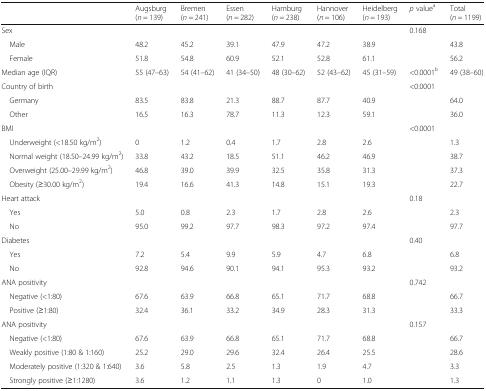
<table><thead><tr><td></td><td><b>Augsburg (<i>n</i> = 139)</b></td><td><b>Bremen (<i>n</i> = 241)</b></td><td><b>Essen (<i>n</i> = 282)</b></td><td><b>Hamburg (<i>n</i> = 238)</b></td><td><b>Hannover (<i>n</i> = 106)</b></td><td><b>Heidelberg (<i>n</i> = 193)</b></td><td><b><i>p</i> value<sup>a</sup></b></td><td><b>Total (<i>n</i> = 1199)</b></td></tr></thead><tbody><tr><td>Sex</td><td></td><td></td><td></td><td></td><td></td><td></td><td>0.168</td><td></td></tr><tr><td> Male</td><td>48.2</td><td>45.2</td><td>39.1</td><td>47.9</td><td>47.2</td><td>38.9</td><td></td><td>43.8</td></tr><tr><td> Female</td><td>51.8</td><td>54.8</td><td>60.9</td><td>52.1</td><td>52.8</td><td>61.1</td><td></td><td>56.2</td></tr><tr><td>Median age (IQR)</td><td>55 (47–63)</td><td>54 (41–62)</td><td>41 (34–50)</td><td>48 (30–62)</td><td>52 (43–62)</td><td>45 (31–59)</td><td>&lt;0.0001<sup>b</sup></td><td>49 (38–60)</td></tr><tr><td>Country of birth</td><td></td><td></td><td></td><td></td><td></td><td></td><td>&lt;0.0001</td><td></td></tr><tr><td> Germany</td><td>83.5</td><td>83.8</td><td>21.3</td><td>88.7</td><td>87.7</td><td>40.9</td><td></td><td>64.0</td></tr><tr><td> Other</td><td>16.5</td><td>16.3</td><td>78.7</td><td>11.3</td><td>12.3</td><td>59.1</td><td></td><td>36.0</td></tr><tr><td>BMI</td><td></td><td></td><td></td><td></td><td></td><td></td><td>&lt;0.0001</td><td></td></tr><tr><td> Underweight (&lt;18.50 kg/m<sup>2</sup>)</td><td>0</td><td>1.2</td><td>0.4</td><td>1.7</td><td>2.8</td><td>2.6</td><td></td><td>1.3</td></tr><tr><td> Normal weight (18.50–24.99 kg/m<sup>2</sup>)</td><td>33.8</td><td>43.2</td><td>18.5</td><td>51.1</td><td>46.2</td><td>46.9</td><td></td><td>38.7</td></tr><tr><td> Overweight (25.00–29.99 kg/m<sup>2</sup>)</td><td>46.8</td><td>39.0</td><td>39.9</td><td>32.5</td><td>35.8</td><td>31.3</td><td></td><td>37.3</td></tr><tr><td> Obesity (≥30.00 kg/m<sup>2</sup>)</td><td>19.4</td><td>16.6</td><td>41.3</td><td>14.8</td><td>15.1</td><td>19.3</td><td></td><td>22.7</td></tr><tr><td>Heart attack</td><td></td><td></td><td></td><td></td><td></td><td></td><td>0.18</td><td></td></tr><tr><td> Yes</td><td>5.0</td><td>0.8</td><td>2.3</td><td>1.7</td><td>2.8</td><td>2.6</td><td></td><td>2.3</td></tr><tr><td> No</td><td>95.0</td><td>99.2</td><td>97.7</td><td>98.3</td><td>97.2</td><td>97.4</td><td></td><td>97.7</td></tr><tr><td>Diabetes</td><td></td><td></td><td></td><td></td><td></td><td></td><td>0.40</td><td></td></tr><tr><td> Yes</td><td>7.2</td><td>5.4</td><td>9.9</td><td>5.9</td><td>4.7</td><td>6.8</td><td></td><td>6.8</td></tr><tr><td> No</td><td>92.8</td><td>94.6</td><td>90.1</td><td>94.1</td><td>95.3</td><td>93.2</td><td></td><td>93.2</td></tr><tr><td>ANA positivity</td><td></td><td></td><td></td><td></td><td></td><td></td><td>0.742</td><td></td></tr><tr><td> Negative (&lt;1:80)</td><td>67.6</td><td>63.9</td><td>66.8</td><td>65.1</td><td>71.7</td><td>68.8</td><td></td><td>66.7</td></tr><tr><td> Positive (≥1:80)</td><td>32.4</td><td>36.1</td><td>33.2</td><td>34.9</td><td>28.3</td><td>31.3</td><td></td><td>33.3</td></tr><tr><td>ANA positivity</td><td></td><td></td><td></td><td></td><td></td><td></td><td>0.157</td><td></td></tr><tr><td> Negative (&lt;1:80)</td><td>67.6</td><td>63.9</td><td>66.8</td><td>65.1</td><td>71.7</td><td>68.8</td><td></td><td>66.7</td></tr><tr><td> Weakly positive (1:80 &amp; 1:160)</td><td>25.2</td><td>29.0</td><td>29.6</td><td>32.4</td><td>26.4</td><td>25.5</td><td></td><td>28.6</td></tr><tr><td> Moderately positive (1:320 &amp; 1:640)</td><td>3.6</td><td>5.8</td><td>2.5</td><td>1.3</td><td>1.9</td><td>4.7</td><td></td><td>3.3</td></tr><tr><td> Strongly positive (≥1:1280)</td><td>3.6</td><td>1.2</td><td>1.1</td><td>1.3</td><td>0</td><td>1.0</td><td></td><td>1.3</td></tr></tbody></table>